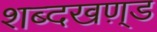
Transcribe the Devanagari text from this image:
शब्दखण़्ड